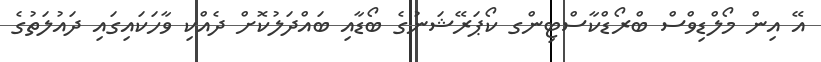
އޭ އިން މޯލްޑިވްސް ބްރޯޑްކާސްޓިންގ ކޯޕަރޭޝަނުގެ ބޯޑާއި ބައްދަލުކޮށް ދެއްކި ވާހަކައިގައި ދައުލަތުގެ